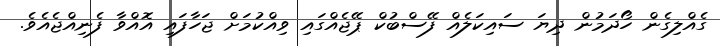
ގެއްލިގެން ހޯދަމުން ދިޔަ ސައިކަލެއް ފޭސްބުކް ޕޭޖެއްގައި ވިއްކުމަށް ޖަހާފައި އޮއްވާ ފެނިއްްޖެއެވެ.